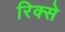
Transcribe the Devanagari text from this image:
रिक्से